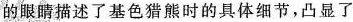
的眼睛描述了基色猎熊时的具体细节，凸显了